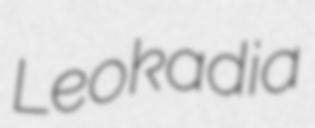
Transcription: Leokadia